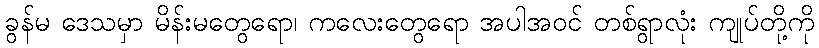
ခွန်မ ဒေသမှာ မိန်းမတွေရော၊ ကလေးတွေရော အပါအဝင် တစ်ရွာလုံး ကျုပ်တို့ကို